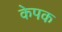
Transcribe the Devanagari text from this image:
केपक